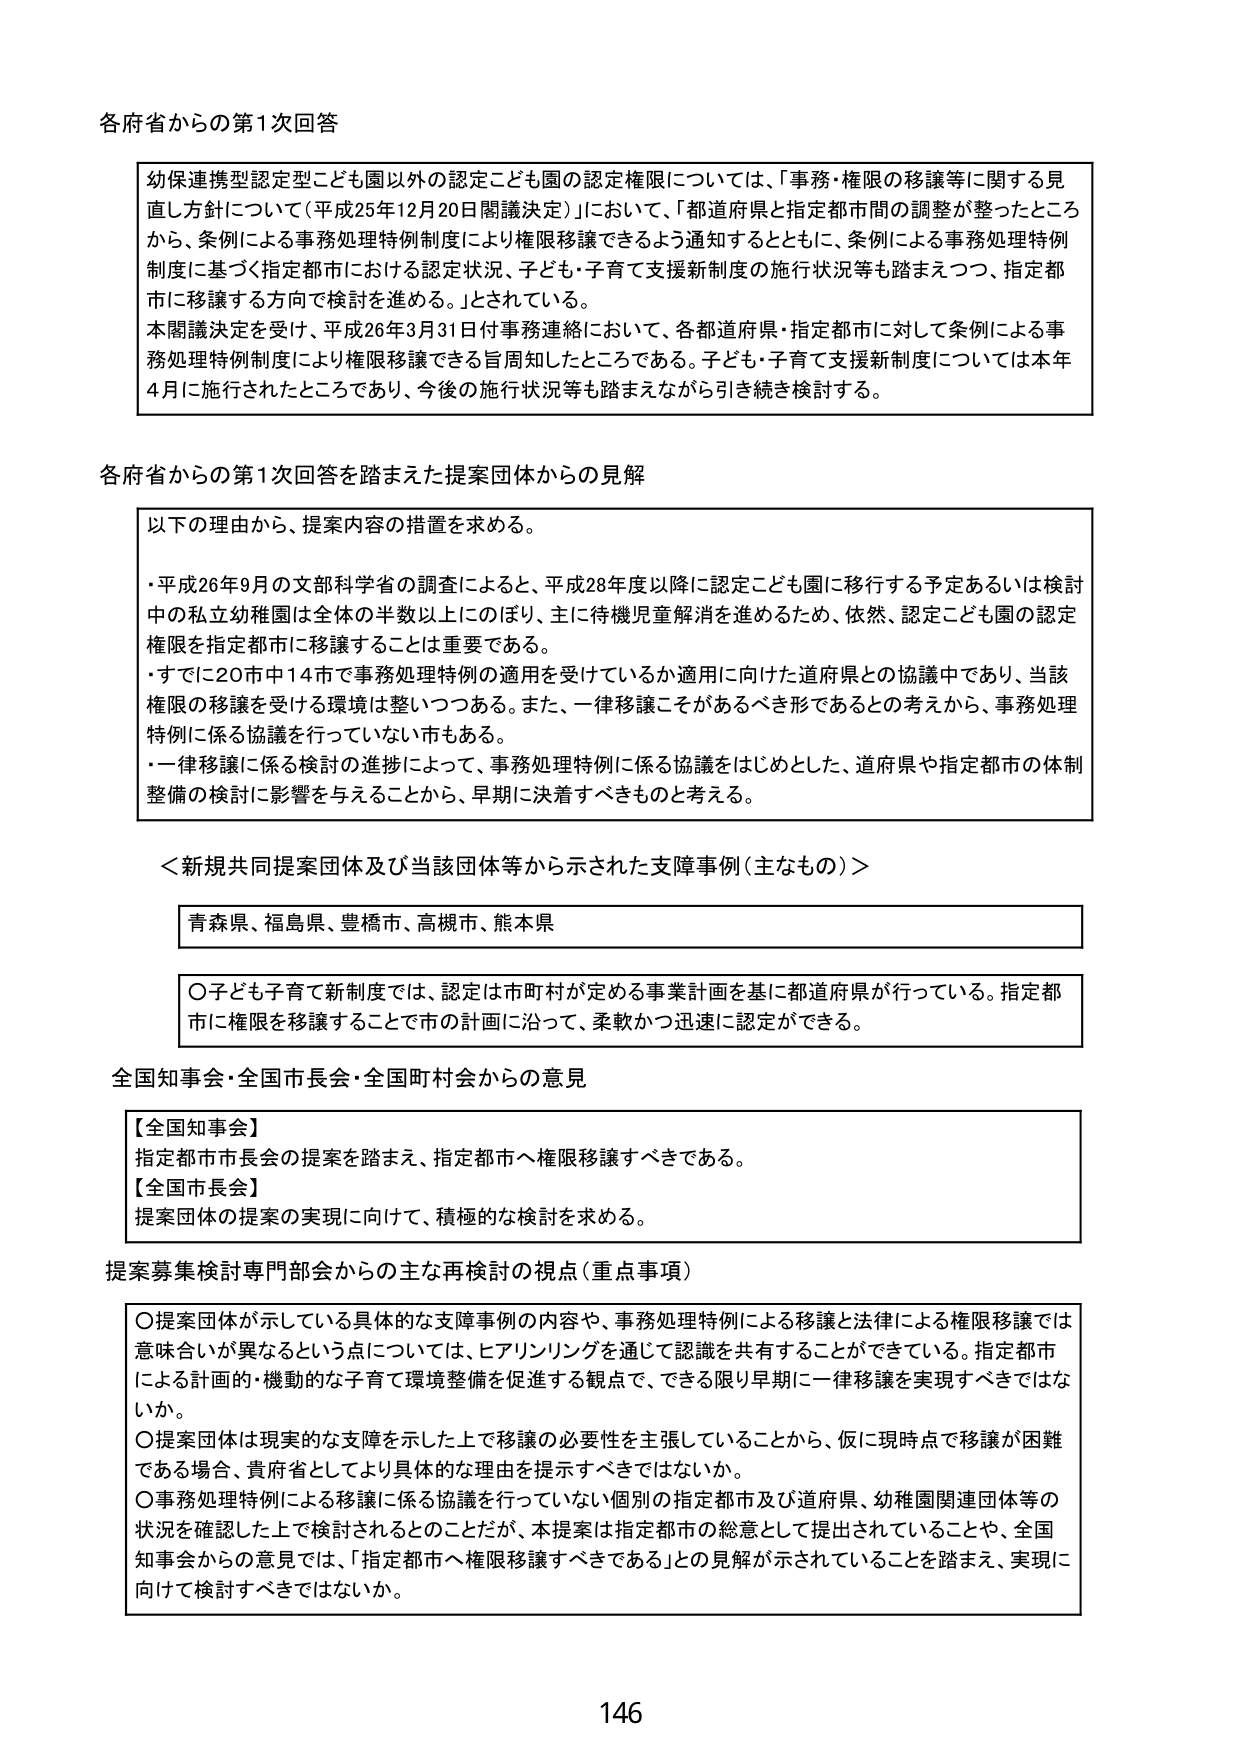
各府省からの第1次回答

幼保連携型認定型こども園以外の認定こども園の認定権限については、「事務・権限の移譲等に関する見直し方針について（平成25年12月20日閣議決定）」において、「都道府県と指定都市間の調整が整ったところから、条例による事務処理特例制度により権限移譲できるよう通知するとともに、条例による事務処理特例制度に基づく指定都市における認定状況、子ども・子育て支援新制度の施行状況等も踏まえつつ、指定都市に移譲する方向で検討を進める。」とされている。

本閣議決定を受け、平成26年3月31日付事務連絡において、各都道府県・指定都市に対して条例による事務処理特例制度により権限移譲できる旨周知したところである。子ども・子育て支援新制度については本年4月に施行されたところであり、今後の施行状況等も踏まえながら引き続き検討する。

各府省からの第1次回答を踏まえた提案団体からの見解

以下の理由から、提案内容の措置を求める。

・平成26年9月の文部科学省の調査によると、平成28年度以降に認定こども園に移行する予定あるいは検討中の私立幼稚園は全体の半数以上にのぼり、主に待機児童解消を進めるため、依然、認定こども園の認定権限を指定都市に移譲することは重要である。

・すでに20市中14市で事務処理特例の適用を受けているか適用に向けた道府県との協議中であり、当該権限の移譲を受ける環境は整いつつある。また、一律移譲こそがあるべき形であるとの考えから、事務処理特例に係る協議を行っていない市もある。

・一律移譲に係る検討の進捗によって、事務処理特例に係る協議をはじめとした、道府県や指定都市の体制整備の検討に影響を与えることから、早期に決着すべきものと考える。

＜新規共同提案団体及び当該団体等から示された支障事例（主なもの）＞

青森県、福島県、豊橋市、高槻市、熊本県

○子ども子育て新制度では、認定は市町村が定める事業計画を基に都道府県が行っている。指定都市に権限を移譲することで市の計画に沿って、柔軟かつ迅速に認定ができる。

全国知事会・全国市長会・全国町村会からの意見

【全国知事会】
指定都市市長会の提案を踏まえ、指定都市へ権限移譲すべきである。

【全国市長会】
提案団体の提案の実現に向けて、積極的な検討を求める。

提案募集検討専門部会からの主な再検討の視点（重点事項）

○提案団体が示している具体的な支障事例の内容や、事務処理特例による移譲と法律による権限移譲では意味合いが異なるという点については、ヒアリングを通じて認識を共有することができる。指定都市による計画的・機動的な子育て環境整備を促進する観点で、できる限り早期に一律移譲を実現すべきではないか。

○提案団体は現実的な支障を示した上で移譲の必要性を主張していることから、仮に現時点で移譲が困難である場合、貴府省としてより具体的な理由を提示すべきではないか。

○事務処理特例による移譲に係る協議を行っていない個別の指定都市及び道府県、幼稚園関連団体等の状況を確認した上で検討されるとのことだが、本提案は指定都市の総意として提出されていることや、全国知事会からの意見では、「指定都市へ権限移譲すべきである」との見解が示されていることを踏まえ、実現に向けて検討すべきではないか。

146